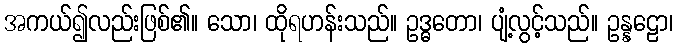
အကယ်၍လည်းဖြစ်၏။ သော၊ ထိုရဟန်းသည်။ ဥဒ္ဓတော၊ ပျံ့လွင့်သည်။ ဥန္နဠော၊